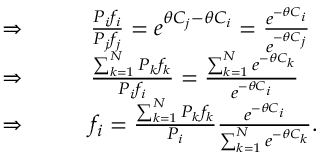
\begin{array} { r l } { \Rightarrow \ \ \ \ \ \ } & { { } \frac { P _ { i } f _ { i } } { P _ { j } f _ { j } } = e ^ { \theta C _ { j } - \theta C _ { i } } = \frac { e ^ { - \theta C _ { i } } } { e ^ { - \theta C _ { j } } } } \\ { \Rightarrow \ \ \ \ \ \ } & { { } \frac { \sum _ { k = 1 } ^ { N } P _ { k } f _ { k } } { P _ { i } f _ { i } } = \frac { \sum _ { k = 1 } ^ { N } e ^ { - \theta C _ { k } } } { e ^ { - \theta C _ { i } } } } \\ { \Rightarrow \ \ \ \ \ \ } & { { } f _ { i } = \frac { \sum _ { k = 1 } ^ { N } P _ { k } f _ { k } } { P _ { i } } \frac { e ^ { - \theta C _ { i } } } { \sum _ { k = 1 } ^ { N } e ^ { - \theta C _ { k } } } . } \end{array}